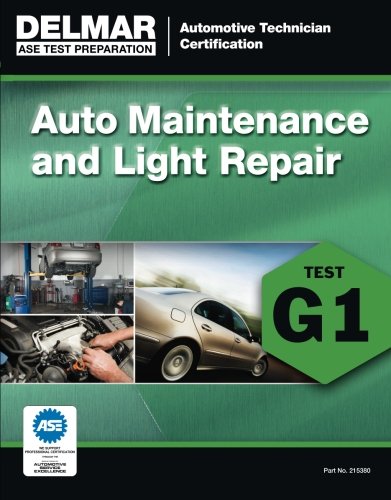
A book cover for ASE Technician Test Preparation Automotive Maintenance and Light Repair (G1) (Automotive Technician Certification); Delmar Cengage Learning; Engineering & Transportation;